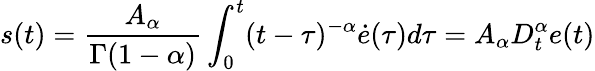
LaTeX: s(t)=\frac{A_{\alpha}}{\Gamma(1-\alpha)}\int_{0}^{t}(t-\tau)^{-\alpha}\dot{e}(\tau)d\tau=A_{\alpha}D_{t}^{\alpha}e(t)